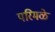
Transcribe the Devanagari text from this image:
परिमळे